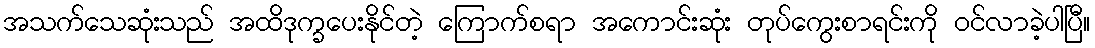
အသက်သေဆုံးသည် အထိဒုက္ခပေးနိုင်တဲ့ ကြောက်စရာ အကောင်းဆုံး တုပ်ကွေးစာရင်းကို ဝင်လာခဲ့ပါပြီ။